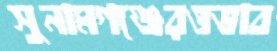
সুনামগঞ্জেরওভাব